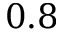
0 . 8